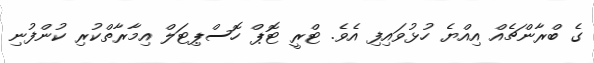
ގެ ބްރާންޗެއް އިއްޔެ ހުޅުވައިފި އެވެ. ޓްރީ ޓޮޕް ހޮސްޕިޓަލް އިމާރާތްކުރި ކުންފުނި